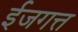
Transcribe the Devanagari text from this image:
ईजगत्त